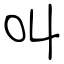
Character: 叫